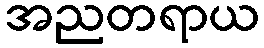
အညတရာယ